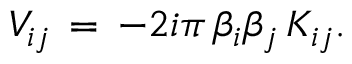
V _ { i j } \, = \, - 2 i \pi \, \beta _ { i } \beta _ { j } \, K _ { i j } .